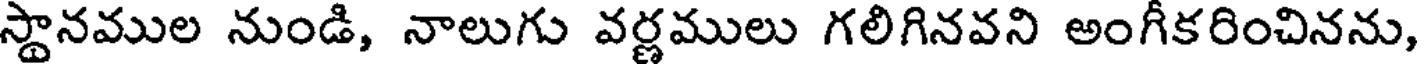
స్థానముల నుండి, నాలుగు వర్ణములు గలిగినవని అంగీకరించినను,